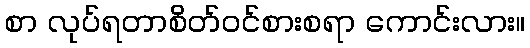
စာ လုပ်ရတာစိတ်ဝင်စားစရာ ကောင်းလား။